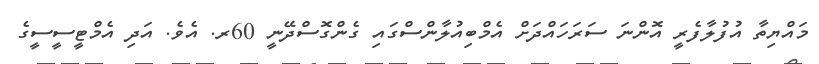
މައްޔިތާ އުފުލާފެރީ އޮންނަ ސަރަހައްދަށް އެމްބިއުލާންސްގައި ގެންގޮސްދޭނީ 60ރ. އެވެ. އަދި އެމްޓީސީސީގެ